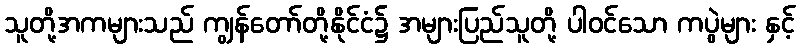
သူတို့အကများသည် ကျွန်တော်တို့နိုင်ငံ၌ အများပြည်သူတို့ ပါဝင်သော ကပွဲများ နှင့်